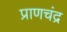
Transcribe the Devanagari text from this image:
प्राणचंद्र